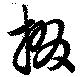
掇